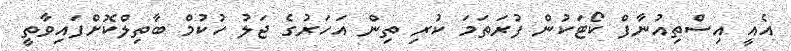
އެއީ އިސްތިއުނާފް ކޯޓަކުން ފުރަތަމަ ކުރި ތިން އަހަރުގެ ޖަލު ހުކުމް ބާތިލްކޮށްފައިވާތީ